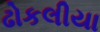
ઢોકલીયા